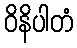
ဝိနိပါတံ